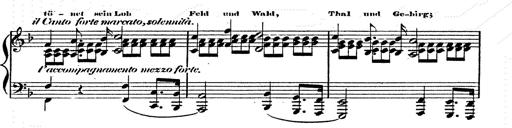
Title: Franz Schuberts geistliche Lieder
Composer: Franz Liszt